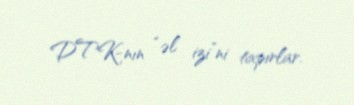
DTK-nın “əl izi”ni tapırlar.